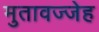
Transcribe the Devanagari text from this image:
मुतावज्जेह